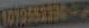
1012-552716-2